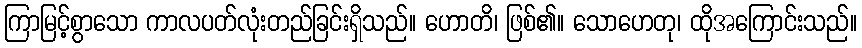
ကြာမြင့်စွာသော ကာလပတ်လုံးတည်ခြင်းရှိသည်။ ဟောတိ၊ ဖြစ်၏။ သောဟေတု၊ ထိုအကြောင်းသည်။